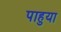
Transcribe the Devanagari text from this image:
पाहुया